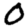
Digit: 0